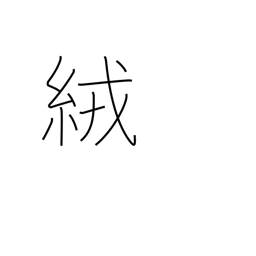
Meaning: wool cloth